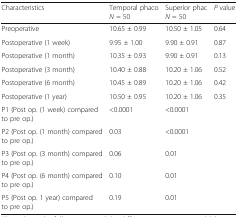
| Characteristics | Temporal phacoN = 50 | Superior phacN = 50 | P value |
 | --- | --- | --- | --- |
 | Preoperative | 10.65 ± 0.99 | 10.50 ± 1.05 | 0.64 |
 | Postoperative (1 week) | 9.95 ± 1.00 | 9.90 ± 0.91 | 0.87 |
 | Postoperative (1 month) | 10.35 ± 0.93 | 9.90 ± 0.91 | 0.13 |
 | Postoperative (3 month) | 10.40 ± 0.88 | 10.20 ± 1.06 | 0.52 |
 | Postoperative (6 month) | 10.45 ± 0.89 | 10.20 ± 1.06 | 0.42 |
 | Postoperative (1 year) | 10.50 ± 0.95 | 10.20 ± 1.06 | 0.35 |
 | P1 (Post op. (1 week) compared to pre op.) | <0.0001 | <0.0001 |  |
 | P2 (Post op. (1 month) compared to pre op.) | 0.03 | <0.0001 |  |
 | P3 (Post op. (3 month) compared to pre op.) | 0.06 | 0.01 |  |
 | P4 (Post op. (6 month) compared to pre op.) | 0.10 | 0.01 |  |
 | P5 (Post op. 1 year) compared to pre op.) | 0.19 | 0.01 |  |